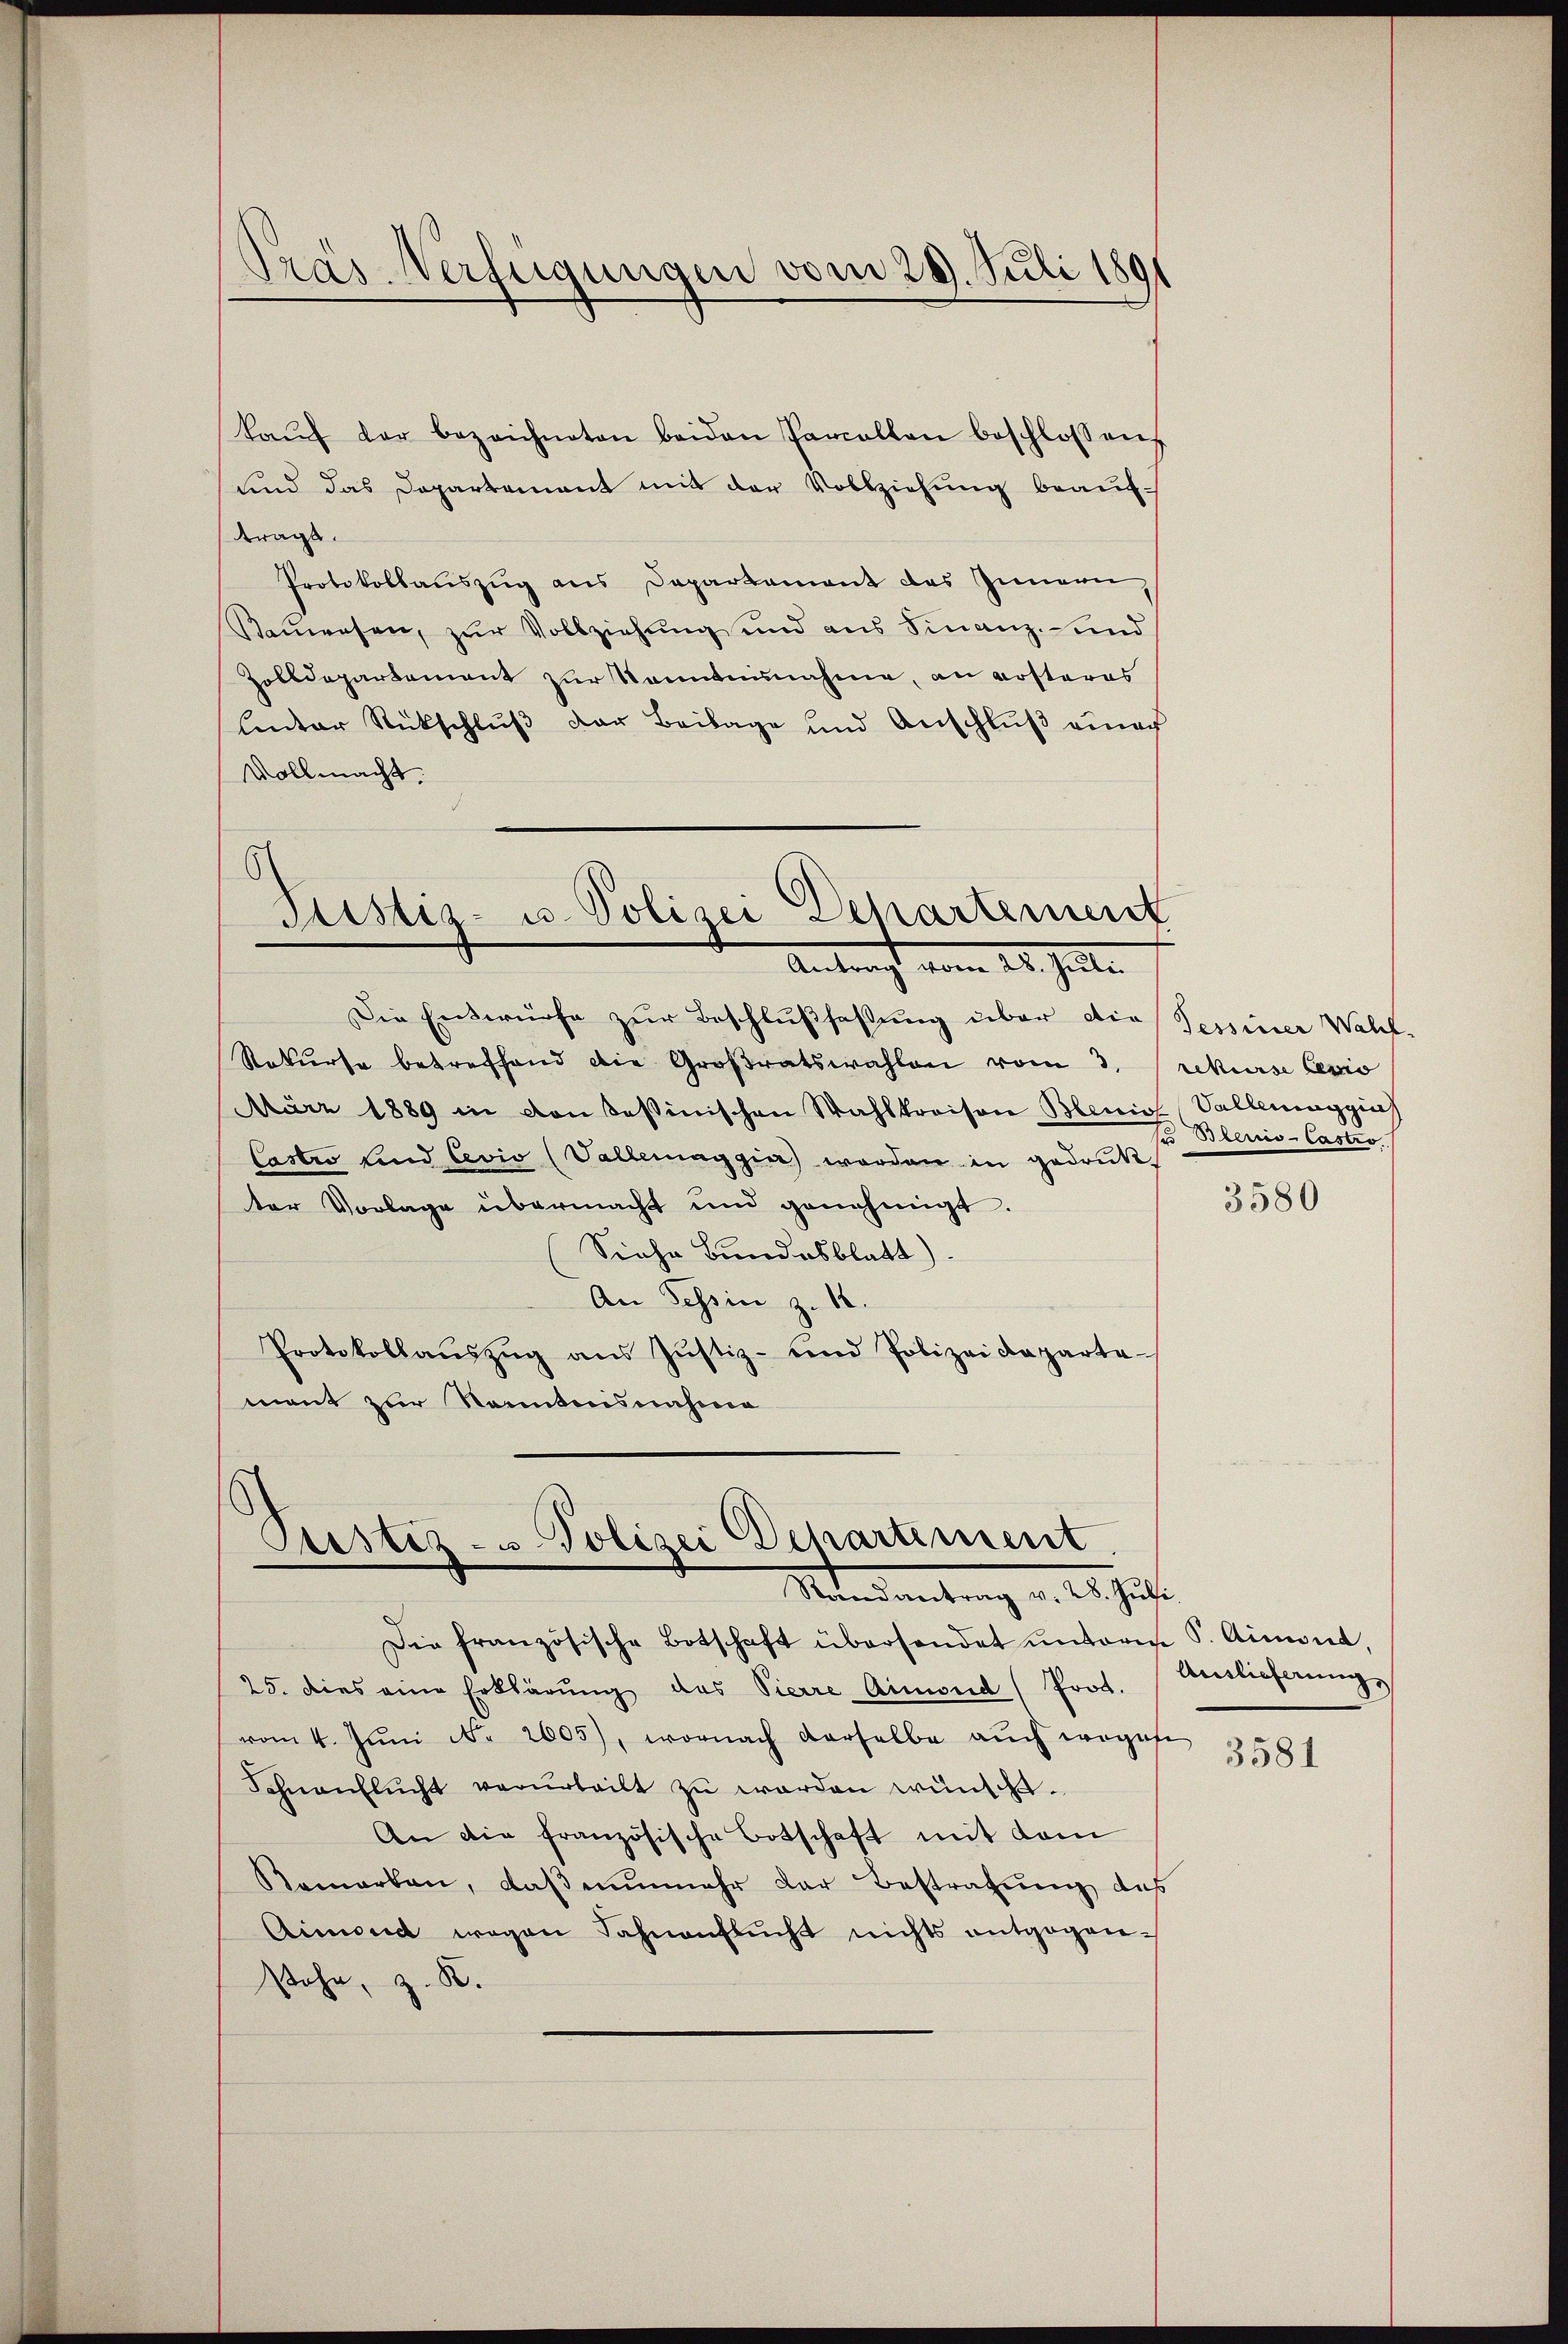
kaŭf der bezeichneten beiden Parcellen beschlossen
und das Dopartement mit der Vollziehung beauftragt.
Protokollauszug aus Departament des Innern,
Rauwesen, zur Vollziehung und aus Finanz- und
Zolldepartement zur Kenntnunahme, an Kosteres
linter Rückschluß der Beilage und Anschluß einer
Vollmacht.

Pras Verfügungen vom 29. Juli 1891

Justiz- u. Polizei Departement
Antrag vom 24. Juli.

Die Entwürfe zur Beschlußfassung über die
Rekurse betreffend die Großratswahlen vom 3. rekurse Levio
März 1889 in von Sessinischen Wahlkreison Bleniss, Vallemaggis
Castro sind Cevio (Vallemaggia werden in gedrukter Vorlage übermacht und genehmigt.
Siehe Bundesblatt)
An Tessin z. 18.
Protokollaŭszŭg aŭs Jŭstiz- und Polizeideparte
mant zur Sonntensnahme

d.
Tustiz- u Polizei Departement
Mandantung v. 15. Just

Die französische Botschaft übersendet unterm P. Aimona
25. dies eine Erklärŭng das Vierre Aimond (Prot. Auslieferung
vom 4. Jŭni No 2605), wornach derselbe aŭch wegese
Schnanflŭcht verurteilt zŭ werden wünscht.
An die französische Botschaft mit dem
Remarken, daß nunmehr der Bestrafung des
Aimond wegen Fahnenflŭcht nichts entgegensohn, z. B.

Tessiner Wahrh.
u Blenio-Castro

3580

3581